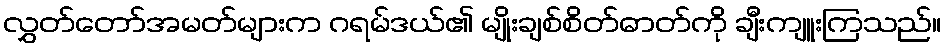
လွှတ်တော်အမတ်များက ဂရမ်ဒယ်၏ မျိုးချစ်စိတ်ဓာတ်ကို ချီးကျူးကြသည်။